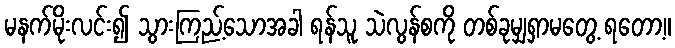
မနက်မိုးလင်း၍ သွားကြည့်သောအခါ ရန်သူ သဲလွန်စကို တစ်ခုမျှရှာမတွေ့ ရတော့။